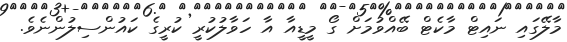
މާލޭގައި ނައިޓް މާކެޓް ބޭއްވުމަށް ގޯ މީޑީއާ އާ ހަވާލުކުރީ ކުރީގެ ކައުންސިލުންނެވެ.